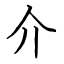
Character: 介